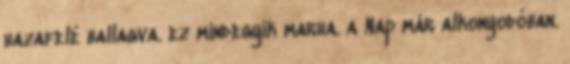
hazafelé ballagva. ez mindegyik marha. a Nap már alkonyodóban.